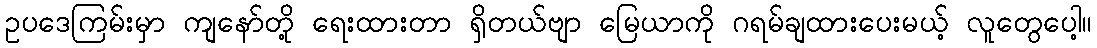
ဥပဒေကြမ်းမှာ ကျနော်တို့ ရေးထားတာ ရှိတယ်ဗျာ မြေယာကို ဂရမ်ချထားပေးမယ့် လူတွေပေါ့။